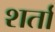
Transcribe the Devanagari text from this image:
शर्तां